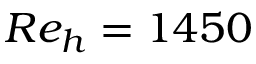
R e _ { h } = 1 4 5 0